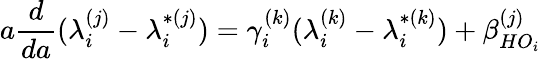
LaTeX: a\frac{d}{da}(\lambda_{i}^{(j)}-\lambda_{i}^{*(j)})=\gamma_{i}^{(k)}(\lambda_{i}^{(k)}-\lambda_{i}^{*(k)})+\beta_{HO_{i}}^{(j)}